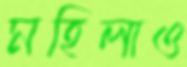
মহিলাও